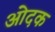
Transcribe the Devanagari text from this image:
ओदक